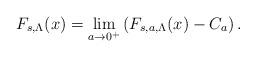
LaTeX: \begin{align*}F_{s,\Lambda} (x)=\lim_{a\to 0^+} \left(F_{s,a,\Lambda} (x)-C_a\right).\end{align*}